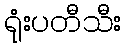
ရုံးပတီသီး